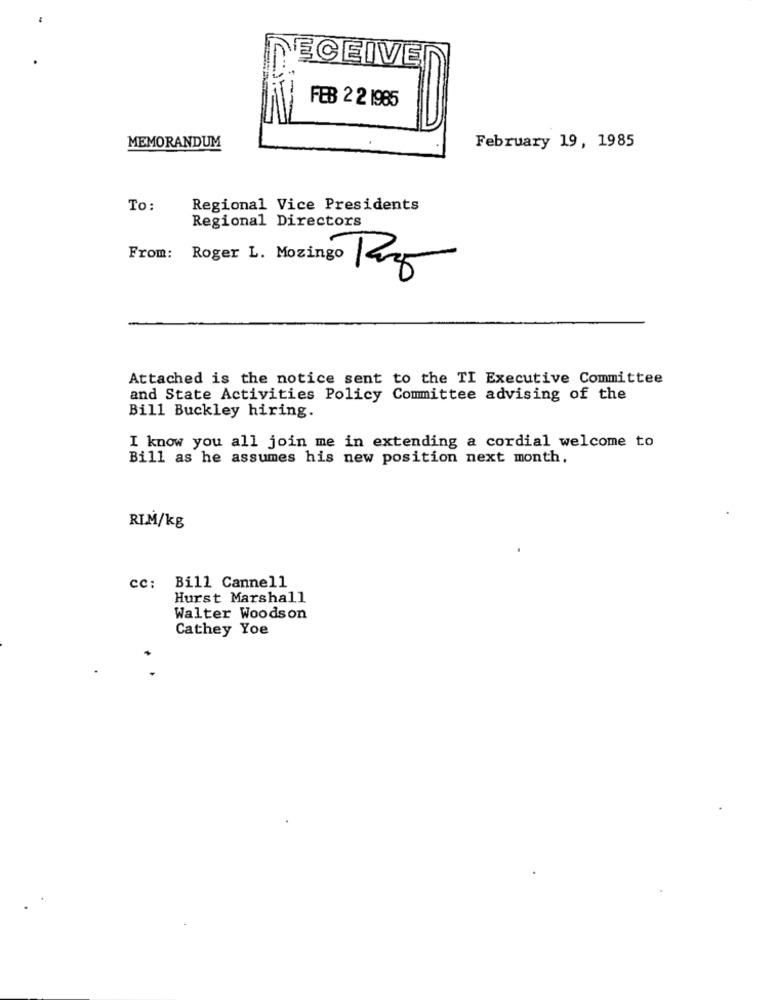
ECEIVE
FEB 22 1985
MEMORANDUM
February 19, 1985
To:
Regional Vice Presidents
Regional Directors
From: Roger L. Mozingo
Attached is the notice sent to the TI Executive Committee
and State Activities Policy Committee advising of the
Bill Buckley hiring.
I know you all join me in extending a cordial welcome to
Bill as he assumes his new position next month,
RIM/kg
cc: Bill Cannell
Hurst Marshall
Walter Woodson
Cathey Yoe